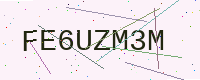
Text: FE6UZM3M